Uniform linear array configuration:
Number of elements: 64
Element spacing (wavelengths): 0.25
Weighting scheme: blackman
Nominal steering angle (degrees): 15
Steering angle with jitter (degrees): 15.255
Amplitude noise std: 0.05
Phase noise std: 0.05

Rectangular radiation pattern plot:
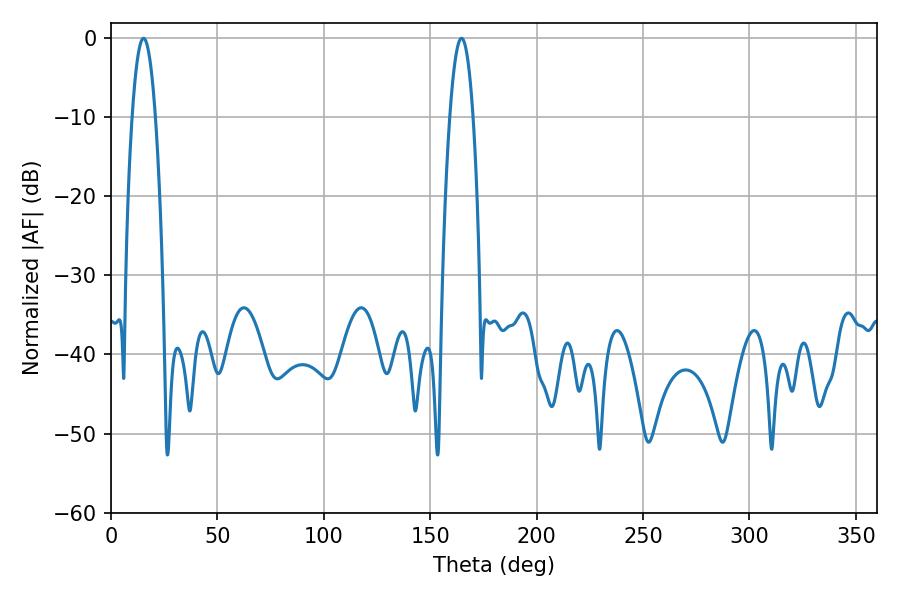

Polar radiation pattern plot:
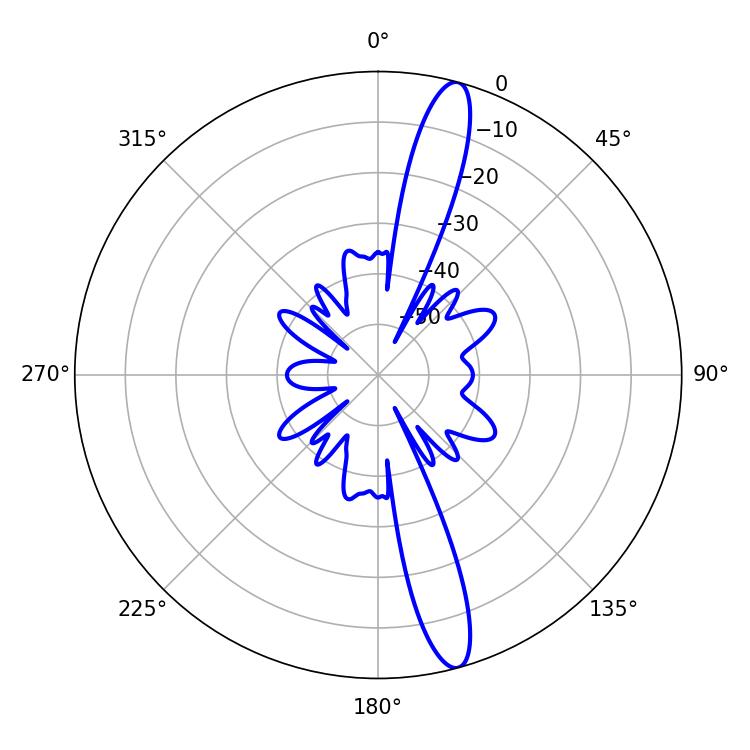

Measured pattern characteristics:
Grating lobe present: FALSE
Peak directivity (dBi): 15.226
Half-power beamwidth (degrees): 6.12
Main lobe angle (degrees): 15.3